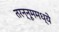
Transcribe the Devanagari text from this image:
तरन्नूममध्ये